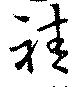
袿